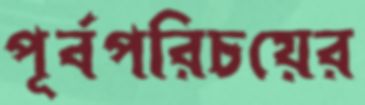
পূর্বপরিচয়ের